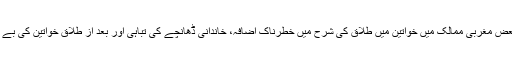
اس حصے میں امریکا سمیت بعض مغربی ممالک میں خواتین میں طلاق کی شرح میں خطرناک اضافہ، خاندانی ڈھانچے کی تباہی اور بعد از طلاق خواتین کی بے سروسامانی کا ذکر کیا گیا ہے۔